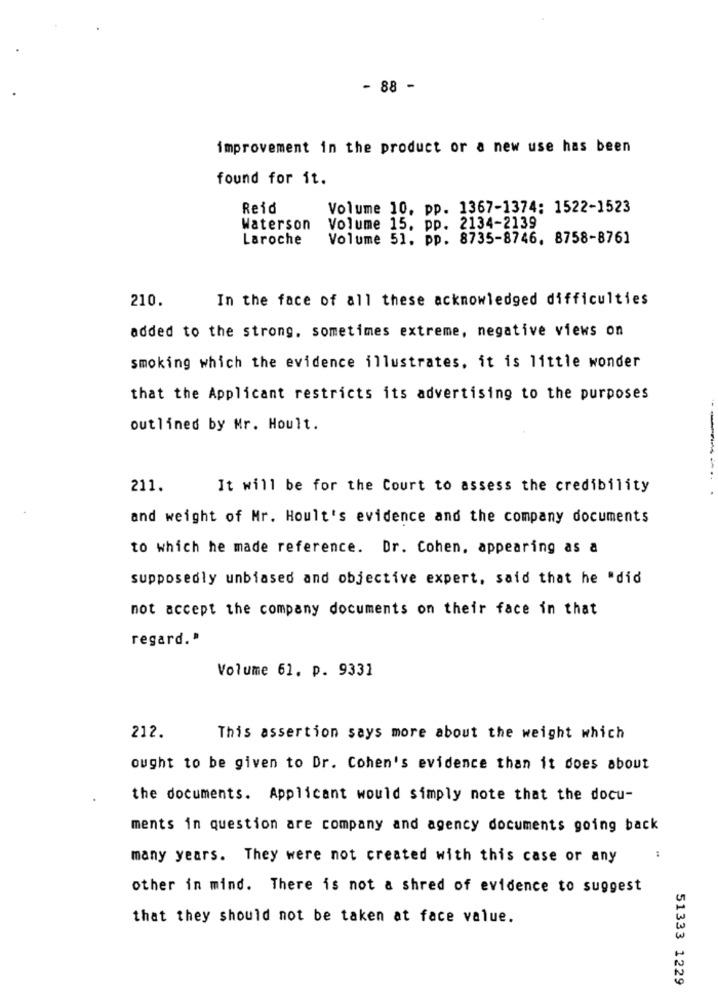
- 88 -
improvement in the product or a new use has been
found for it.
Reid
Volume 10. pp. 1367-1374: 1522-1523
Waterson
Volume 15, pp. 2134-2139
Laroche
Volume 51, pp. 8735-8746. 8758-8761
210.
In the face of all these acknowledged difficulties
added to the strong. sometimes extreme, negative views on
smoking which the evidence illustrates, it is little wonder
that the Applicant restricts its advertising to the purposes
outlined by Mr. Hoult.
211.
It will be for the Court to assess the credibility
and weight of Mr. Hoult's evidence and the company documents
to which he made reference. Dr. Cohen, appearing as a
supposedly unbiased and objective expert, said that he "did
not accept the company documents on their face in that
regard. "
Volume 61. p. 9331
212.
This assertion says more about the weight which
ought to be given to Dr. Cohen's evidence than it does about
the documents. Applicant would simply note that the docu-
ments in question are company and agency documents going back
many years. They were not created with this case or any
other in mind. There is not a shred of evidence to suggest
that they should not be taken at face value.
51333 1229